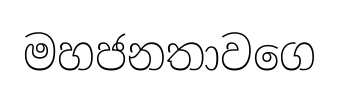
මහජනතාවගෙ